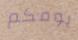
يومكم